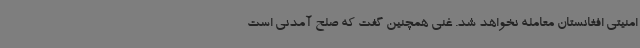
امنیتی افغانستان معامله نخواهد شد. غنی همچنین گفت که صلح آمدنی است